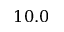
1 0 . 0